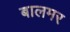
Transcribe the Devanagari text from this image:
बालमर